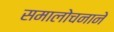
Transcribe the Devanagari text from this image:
समालोचनाने